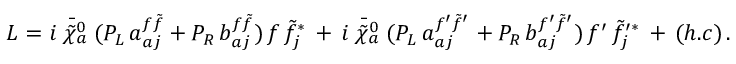
{ \cal L } = i \; { \bar { { \tilde { \chi } } _ { a } ^ { 0 } } } \; ( { \cal P } _ { L } \, a _ { a j } ^ { { f } { \tilde { f } } } + { \cal P } _ { R } \, b _ { a j } ^ { { f } { \tilde { f } } } ) \, { f } \, { \tilde { f } } _ { j } ^ { * } \, + \, i \; { \bar { { \tilde { \chi } } _ { a } ^ { 0 } } } \; ( { \cal P } _ { L } \, a _ { a j } ^ { { f ^ { \prime } } { \tilde { f } } ^ { \prime } } + { \cal P } _ { R } \, b _ { a j } ^ { { f ^ { \prime } } { \tilde { f } } ^ { \prime } } ) \, { f ^ { \prime } } \, { \tilde { f } } _ { j } ^ { \prime * } \, + \, ( h . c ) \, .